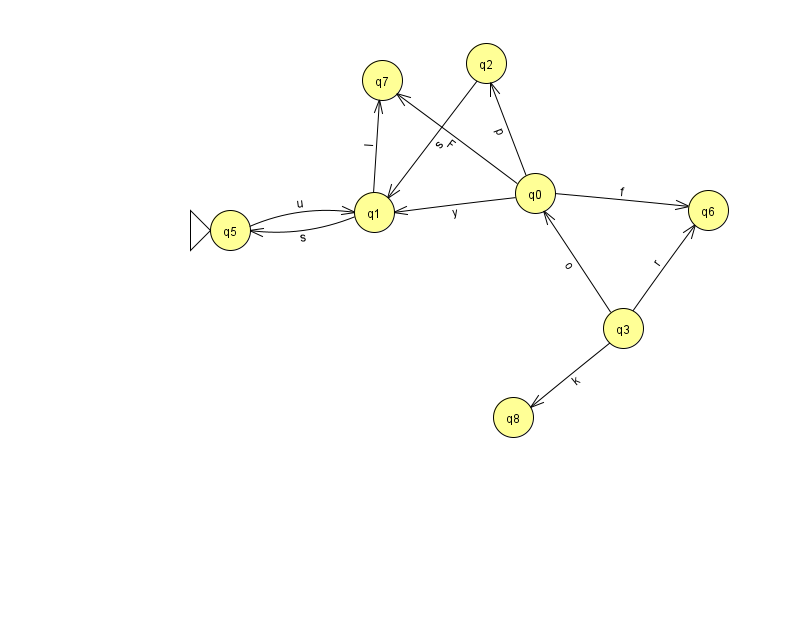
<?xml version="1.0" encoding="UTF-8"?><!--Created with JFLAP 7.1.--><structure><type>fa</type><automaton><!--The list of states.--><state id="0" name="q0"><x>535.0</x><y>180.0</y></state><state id="1" name="q1"><x>374.0</x><y>199.0</y></state><state id="2" name="q2"><x>486.0</x><y>50.0</y></state><state id="3" name="q3"><x>623.0</x><y>315.0</y></state><state id="5" name="q5"><x>230.0</x><y>217.0</y><initial/></state><state id="6" name="q6"><x>708.0</x><y>197.0</y></state><state id="7" name="q7"><x>382.0</x><y>67.0</y></state><state id="8" name="q8"><x>513.0</x><y>404.0</y></state><!--The list of transitions.--><transition><from>1</from><to>5</to><read>s</read></transition><transition><from>3</from><to>0</to><read>o</read></transition><transition><from>5</from><to>1</to><read>u</read></transition><transition><from>0</from><to>1</to><read>y</read></transition><transition><from>2</from><to>1</to><read>s</read></transition><transition><from>0</from><to>6</to><read>f</read></transition><transition><from>3</from><to>6</to><read>r</read></transition><transition><from>0</from><to>2</to><read>p</read></transition><transition><from>3</from><to>8</to><read>k</read></transition><transition><from>0</from><to>7</to><read>F</read></transition><transition><from>1</from><to>7</to><read>l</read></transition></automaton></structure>